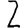
Digit: 2